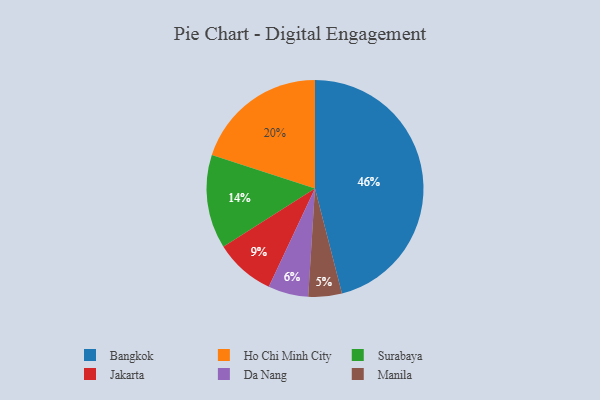
{"axis": {"x": "Category", "y": "Percentage"}, "legend": ["Bangkok", "Da Nang", "Ho Chi Minh City", "Jakarta", "Manila", "Surabaya"], "data": [{"x": "Jakarta", "y": 9, "type": "Jakarta"}, {"x": "Da Nang", "y": 6, "type": "Da Nang"}, {"x": "Bangkok", "y": 46, "type": "Bangkok"}, {"x": "Manila", "y": 5, "type": "Manila"}, {"x": "Surabaya", "y": 14, "type": "Surabaya"}, {"x": "Ho Chi Minh City", "y": 20, "type": "Ho Chi Minh City"}]}